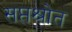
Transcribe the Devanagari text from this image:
सप्तश्रोत